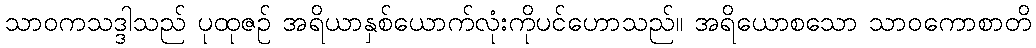
သာဝကသဒ္ဒါသည် ပုထုဇဉ် အရိယာနှစ်ယောက်လုံးကိုပင်ဟောသည်။ အရိယောစသော သာဝကောစာတိ